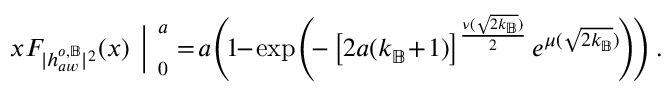
\begin{array} { r } { x F _ { | h _ { a w } ^ { o , \mathbb { B } } | ^ { 2 } } ( x ) \textbf { \Big | } _ { 0 } ^ { a } = \! a \! \left( \! 1 \! \! - \! \exp { \! \left( \! - \left[ 2 a ( k _ { \mathbb { B } } \! + \! 1 ) \right] ^ { \frac { \nu ( \sqrt { 2 k _ { \mathbb { B } } } ) } { 2 } } e ^ { \mu ( \sqrt { 2 k _ { \mathbb { B } } } ) } \! \right) } \! \right) . } \end{array}